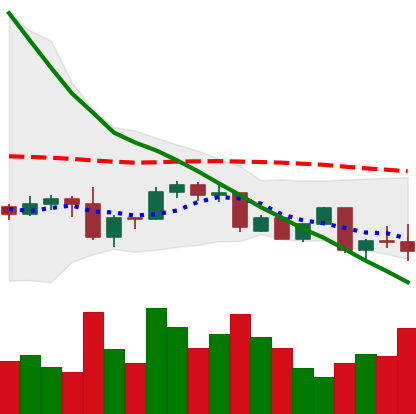
Ticker: DOGE-USD
Chart end date: 2022-09-21
Forward return: 6.419%
Label: up_5_7